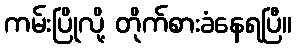
ကမ်းပြိုလို့ တိုက်စားခံနေရပြီ။